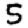
Digit: 5